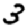
Digit: 3